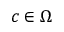
c \in \Omega